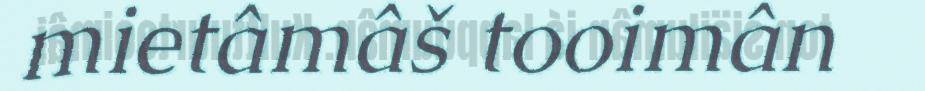
mietâmâš tooimân